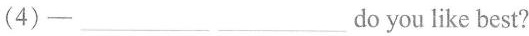
(4)-___do you like best?